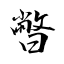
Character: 暼